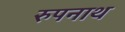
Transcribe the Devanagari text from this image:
रुपनाथ